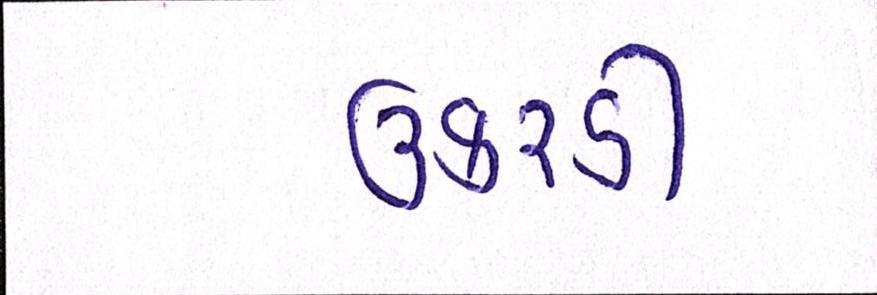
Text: ઉકરડી